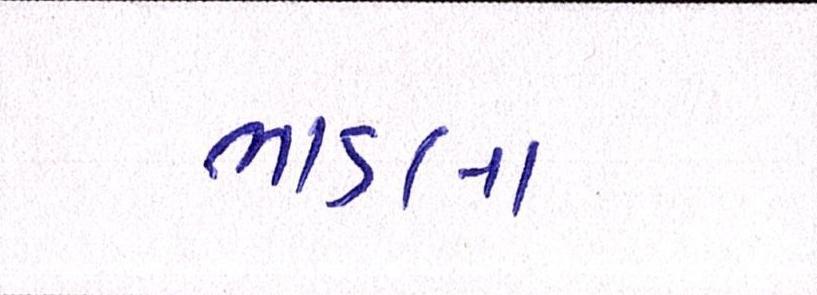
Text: ભાડલા